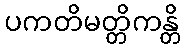
ပကတိမတ္တိကန္တိ